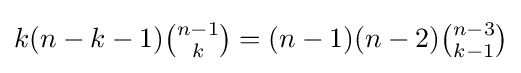
{\textstyle k(n-k-1){\binom {n-1}{k}}=(n-1)(n-2){\binom {n-3}{k-1}}}